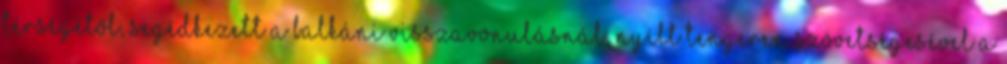
térségétől, segédkezett a balkáni visszavonulásnál, nyílt tengeren szövetségesével a